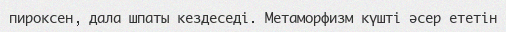
пироксен, дала шпаты кездеседі. Метаморфизм күшті әсер ететін